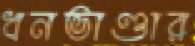
ধনভাণ্ডার